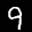
Label: 9